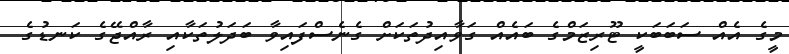
މީގެ އެއް ސަބަބަކީ ޓޫރިޒަމްގެ ބައެއް ގަވާއިދުތަކަށް ގެނެސްފައިވާ ބަދަލުތަކާއި ރާއްޖޭގެ ކަނޑުގެ